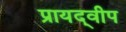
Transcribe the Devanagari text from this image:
प्रायद्‍वीप